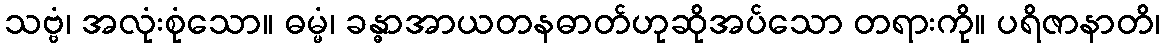
သဗ္ဗံ၊ အလုံးစုံသော။ ဓမ္မံ၊ ခန္ဓာအာယတနဓာတ်ဟုဆိုအပ်သော တရားကို။ ပရိဇာနာတိ၊